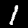
Label: 1